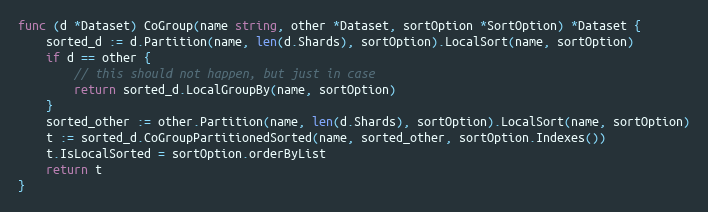
Language: Go
func (d *Dataset) CoGroup(name string, other *Dataset, sortOption *SortOption) *Dataset {
	sorted_d := d.Partition(name, len(d.Shards), sortOption).LocalSort(name, sortOption)
	if d == other {
		// this should not happen, but just in case
		return sorted_d.LocalGroupBy(name, sortOption)
	}
	sorted_other := other.Partition(name, len(d.Shards), sortOption).LocalSort(name, sortOption)
	t := sorted_d.CoGroupPartitionedSorted(name, sorted_other, sortOption.Indexes())
	t.IsLocalSorted = sortOption.orderByList
	return t
}